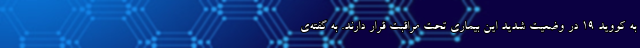
به کووید ۱۹ در وضعیت شدید این بیماری تحت مراقبت قرار دارند. به گفته‌ی